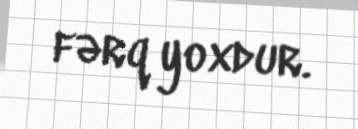
fərq yoxdur.